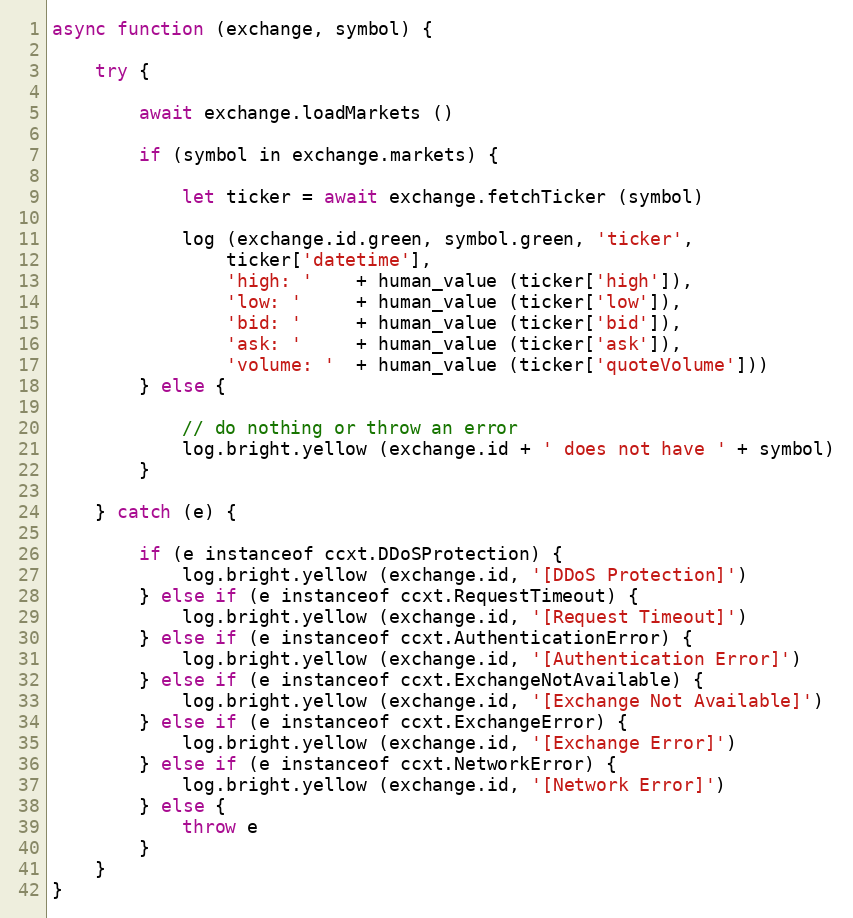
Language: JavaScript
async function (exchange, symbol) {

    try {

        await exchange.loadMarkets ()

        if (symbol in exchange.markets) {

            let ticker = await exchange.fetchTicker (symbol)

            log (exchange.id.green, symbol.green, 'ticker',
                ticker['datetime'],
                'high: '    + human_value (ticker['high']),
                'low: '     + human_value (ticker['low']),
                'bid: '     + human_value (ticker['bid']),
                'ask: '     + human_value (ticker['ask']),
                'volume: '  + human_value (ticker['quoteVolume']))
        } else {

            // do nothing or throw an error
            log.bright.yellow (exchange.id + ' does not have ' + symbol)
        }

    } catch (e) {

        if (e instanceof ccxt.DDoSProtection) {
            log.bright.yellow (exchange.id, '[DDoS Protection]')
        } else if (e instanceof ccxt.RequestTimeout) {
            log.bright.yellow (exchange.id, '[Request Timeout]')
        } else if (e instanceof ccxt.AuthenticationError) {
            log.bright.yellow (exchange.id, '[Authentication Error]')
        } else if (e instanceof ccxt.ExchangeNotAvailable) {
            log.bright.yellow (exchange.id, '[Exchange Not Available]')
        } else if (e instanceof ccxt.ExchangeError) {
            log.bright.yellow (exchange.id, '[Exchange Error]')
        } else if (e instanceof ccxt.NetworkError) {
            log.bright.yellow (exchange.id, '[Network Error]')
        } else {
            throw e
        }
    }
}